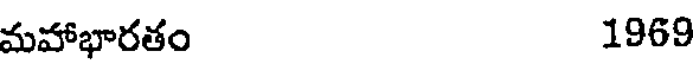
మహాభారతం 1969